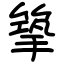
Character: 篫